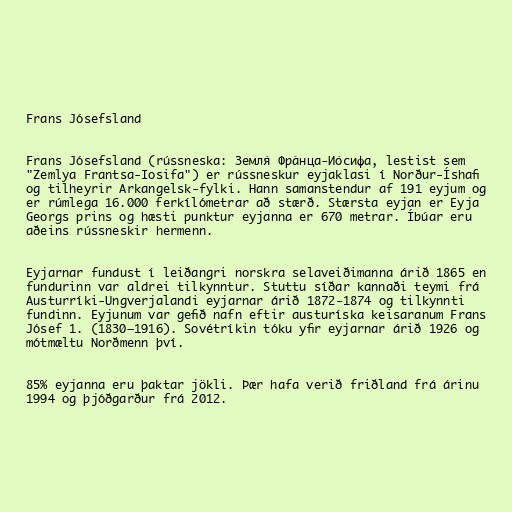
Frans Jósefsland

Frans Jósefsland (rússneska: Земля́ Фра́нца-Ио́сифа, lestist sem
"Zemlya Frantsa-Iosifa") er rússneskur eyjaklasi í Norður-Íshafi
og tilheyrir Arkangelsk-fylki. Hann samanstendur af 191 eyjum og
er rúmlega 16.000 ferkílómetrar að stærð. Stærsta eyjan er Eyja
Georgs prins og hæsti punktur eyjanna er 670 metrar. Íbúar eru
aðeins rússneskir hermenn.

Eyjarnar fundust í leiðangri norskra selaveiðimanna árið 1865 en
fundurinn var aldrei tilkynntur. Stuttu síðar kannaði teymi frá
Austurríki-Ungverjalandi eyjarnar árið 1872-1874 og tilkynnti
fundinn. Eyjunum var gefið nafn eftir austuríska keisaranum Frans
Jósef 1. (1830–1916). Sovétríkin tóku yfir eyjarnar árið 1926 og
mótmæltu Norðmenn því.

85% eyjanna eru þaktar jökli. Þær hafa verið friðland frá árinu
1994 og þjóðgarður frá 2012.